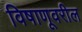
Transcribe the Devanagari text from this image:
विषाणूवरील